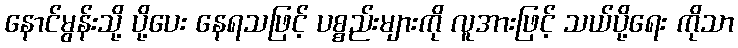
နောင်မွန်းသို့ ပို့ပေး နေရသဖြင့် ပစ္စည်းများကို လူအားဖြင့် သယ်ပို့ရေး ကိုသာ